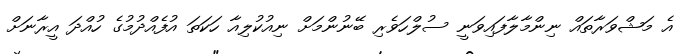
އެ މަޝްވަރާތައް ނިންމާލާފައިވަނީ ސުލްހަވެރި ބޭނުންމަށް ނިއުކުލިއާ ހަކަތަ އުފެއްދުމުގެ ހުއްދަ އީރާނަށް